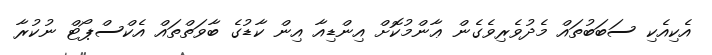
އެކިއެކި ސަބަބުތައް މެދުވެރިވެގެން ޢާންމުކޮށް އިންޑިއާ އިން ކާޑުގެ ބާވަތްތައް އެކްސްޕޯޓް ނުކުރާ